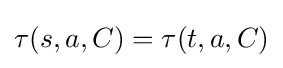
\tau (s,a,C)=\tau (t,a,C)